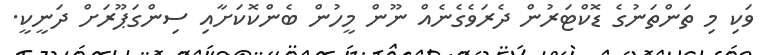
ވަކި މި ތަންތަނުގެ ޑޮކްޓަރުން ދެރަވެގެނެއް ނޫން މީހުން ބެންކޮކަށާއި ސިންގަޕޫރަށް ދަނީކީ.